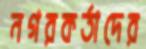
নগরকর্তাদের